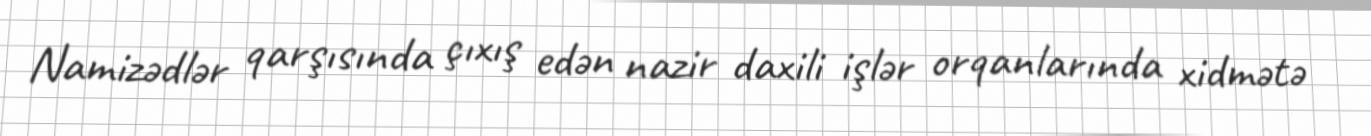
Namizədlər qarşısında çıxış edən nazir daxili işlər orqanlarında xidmətə